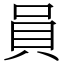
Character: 員